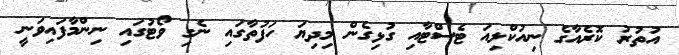
އުތުރު ކޮރެއާގެ ނިއުކްލިއަ ޓެސްޓާއި ގުޅިގެން މިދިޔަ ހަފުތާގައި ނެގި ވޯޓުގައި ނިންމާފައިވަނީ